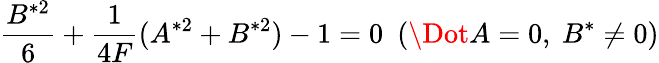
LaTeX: \frac{B^{*2}}{6}+\frac{1}{4F}(A^{*2}+B^{*2})-1=0\ \ (\Dot{A}=0,\ B^{*}\neq 0)